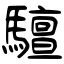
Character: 驙